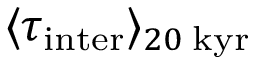
\langle \tau _ { \mathrm { i n t e r } } \rangle _ { 2 0 \; \mathrm { k y r } }